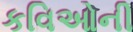
કવિઓની